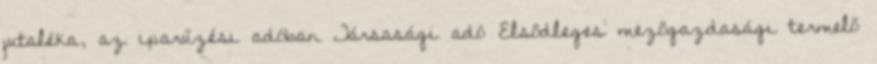
jutaléka, az iparűzési adóban Társasági adó Elsődleges mezőgazdasági termelő